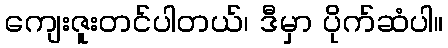
ကျေးဇူးတင်ပါတယ်၊ ဒီမှာ ပိုက်ဆံပါ။